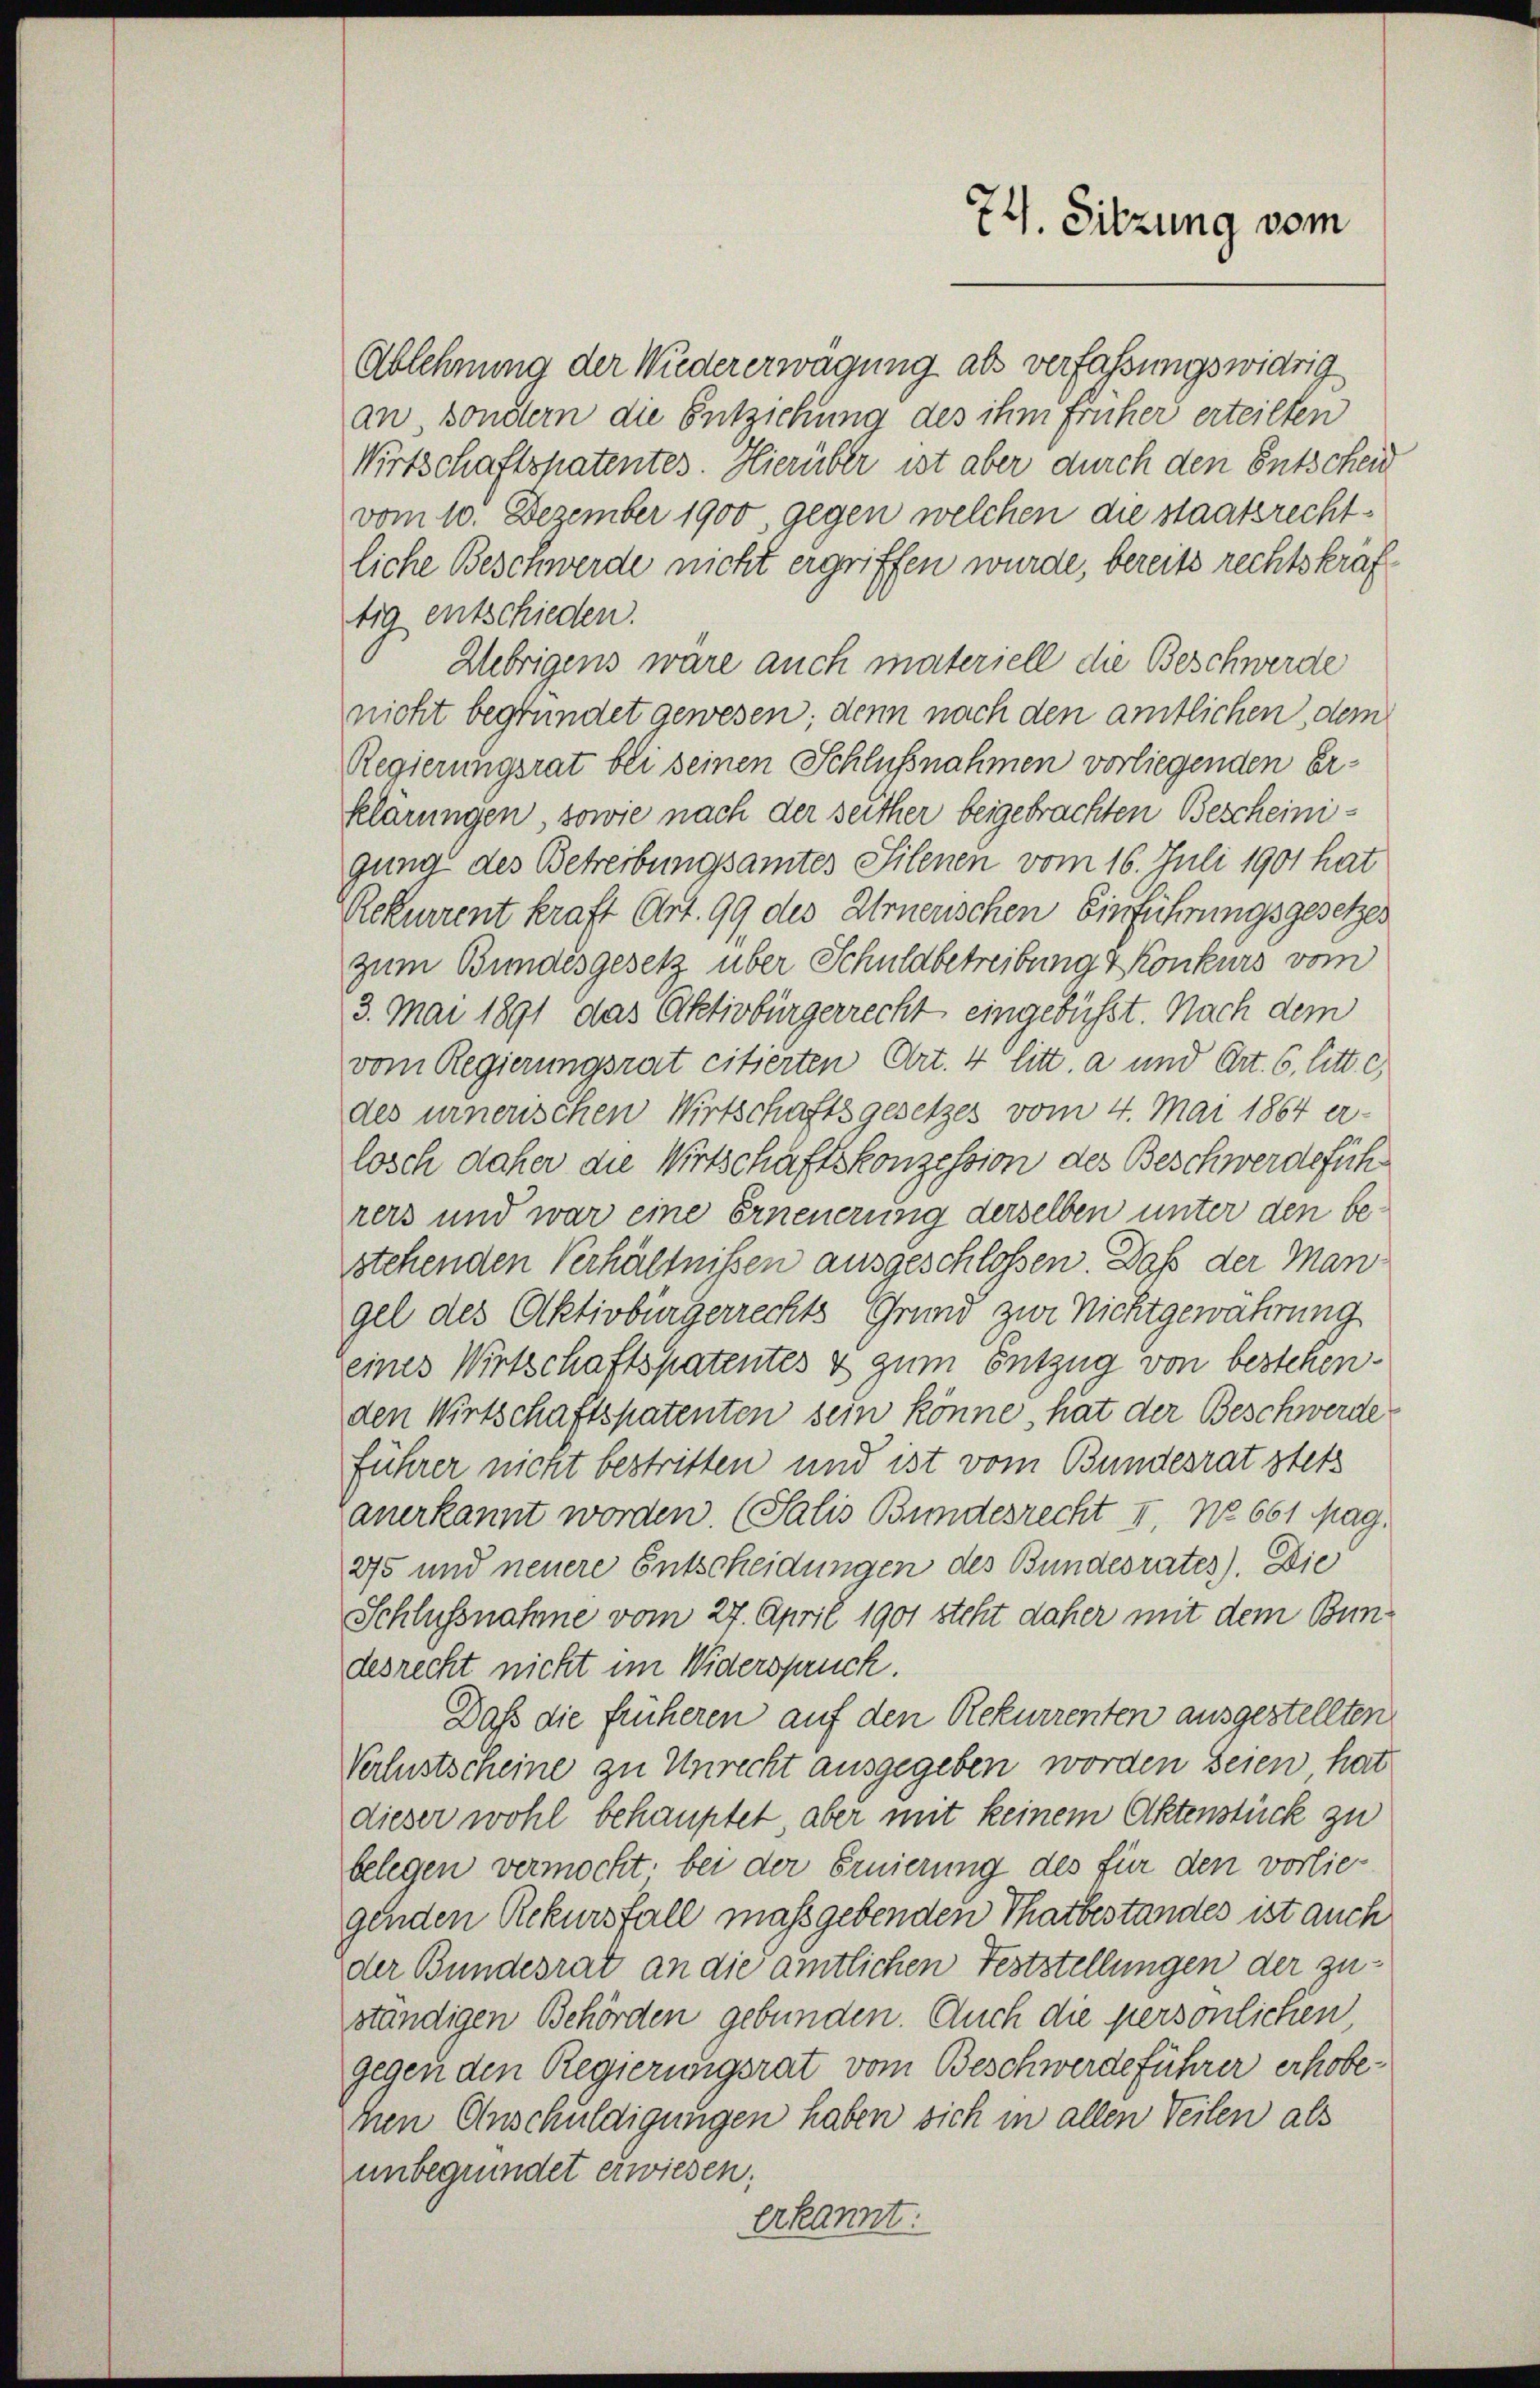
Ablehnung der Wiedererwägung als verfassungswidrig
an, sondern die Entziehung des ihm früher erteilten
Wirtschaftspatentes. Hierüber ist aber durch den Entscheid
vom 10. Dezember 1900 gegen welchen die staatsrechtliche Beschwerde nicht ergriffen wurde, bereits rechtskräftig entschieden.
Uebrigens wäre auch materiell die Beschwerde
nicht begründet gewesen; denn nach den amtlichen, dem
Regierungsrat bei seinen Schlußnahmen vorliegenden Erklärungen, sowie nach der seither beigebrachten Bescheinigung des Betreibungsamtes Silenen vom 16. Juli 1901 hat
Rekurrent kraft Art. 99 des Urnerschen Einführungsgesetzes
zum Bundesgesetz über Schuldbetreibung & Konkurs vom
3. Mai 1891 das Aktivbürgerrecht eingebüsst. Nach dem
vom Regierungsrat citierten Art. 4 litt. a und Art. 6. litt. c)
des urnerischen Wirtschaftsgesetzes vom 4. Mai 1864 er-
losch daher die Wirtschäftskonzession des Beschwerdeführers und war eine Erneuerung derselben unter den be-
stehenden Verhältnissen ausgeschlossen. Daß der Man
gel des Aktivbürgerrechts Grund zur Nichtgewährung
eines Wirtschaftspatentes & zum Entzug von bestehenden Wirtschaftspatenten sein könne, hat der Beschwerde
führer nicht bestritten und ist vom Bundesrat stets
anerkannt worden. (Salis Bundesrecht II, No 661 Mag.
275 und neuere Entscheidungen des Bundesrates). Die
Schlussnahme vom 27. April 1901 steht daher mit dem Bundesrecht nicht im Widerspruch.
Daß die früheren auf den Rekurrenten ausgestellten
Verlustscheine zu Unrecht ausgegeben worden seien hat
dieser wohl behauptet aber mit keinem Aktenstück zu
belegen vermocht, bei der Ernierung des für den vorlie-
genden Rekursfall maßgebenden Thatbestandes ist auch
der Bundesrat an die amtlichen Feststellungen der zuständigen Behörden gebunden. Auch die persönlichen
gegen den Regierungsrat vom Beschwerdeführer erhobenen Anschuldigungen haben sich in allen Teilen als
unbegründet erwiesen.
erkannt:

74. Sitzung vom